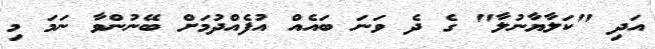
އަދި "ކަލާޔާނުލާ" ގެ ދެ ވަނަ ބައެއް އުފެއްދުމަށް ބޭނުންވާ ނަމަ މި